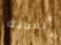
أيعجبك